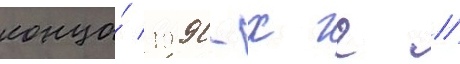
конца́ 1990-х гг //